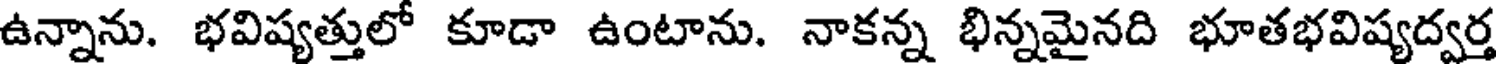
ఉన్నాను. భవిష్యత్తులో కూడా ఉంటాను. నాకన్న భిన్నమైనది భూతభవిష్యద్వర్త